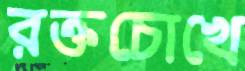
রক্তচোখে